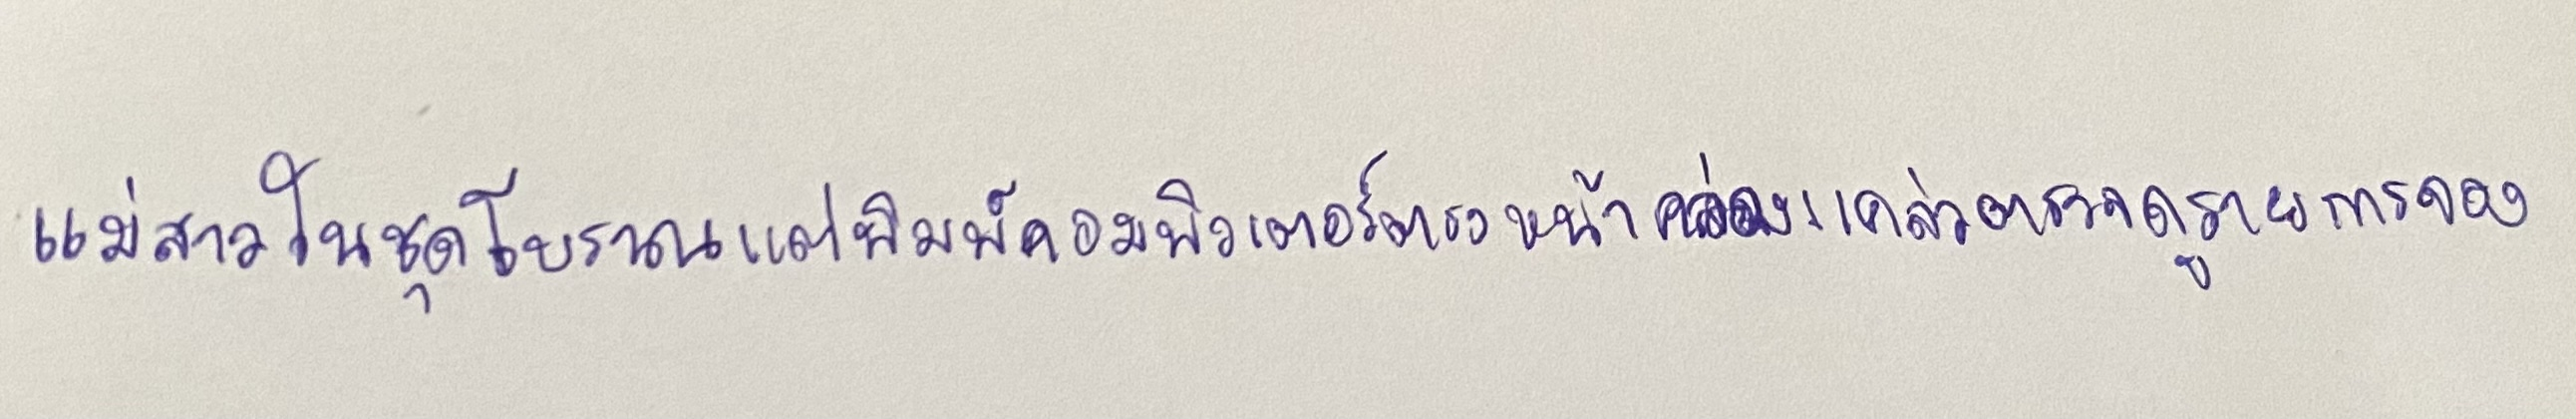
แม่สาวในชุดโบราณแต่พิมพ์คอมพิวเตอร์ตรงหน้าคล่องแคล่วตรวจดูรายการจอง